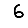
Digit: 6